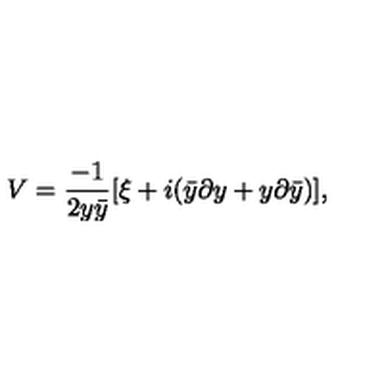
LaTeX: V = { \frac { - 1 } { 2 y \bar { y } } } [ \xi + i ( \bar { y } \partial y + y \partial \bar { y } ) ] ,